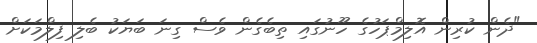
"ދެން ކުރިން އޮލިމްޕަހުގެ ހޫނުގައި ތިބެގެން ވެސް ގިނަ ބަޔަކު ބެލި ފިލްމަކަށް